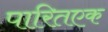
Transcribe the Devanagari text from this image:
पारितएक